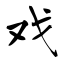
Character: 戏